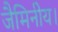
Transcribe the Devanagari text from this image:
जैमिनीय।